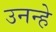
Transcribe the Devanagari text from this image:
उनन्हे